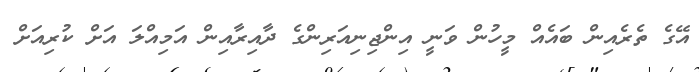
އޭގެ ތެރެއިން ބައެއް މީހުން ވަނީ އިންޖިނިއަރިންގެ ދާއިރާއިން އަމިއްލަ އަށް ކުރިއަށް